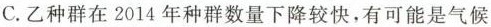
C. 乙种群在2014年种群数量下降较快，有可能是气候